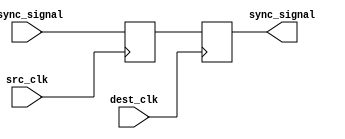
module dual_ff_synchronizer #(
    parameter WIDTH = 1  // Width of the input signal
)(
    input wire [WIDTH-1:0] async_signal,  // Input signal from the source clock domain
    input wire src_clk,                    // Source clock signal
    input wire dest_clk,                   // Destination clock signal
    output reg [WIDTH-1:0] sync_signal     // Synchronized output signal
);

// Internal signals for first and second flip-flops
reg [WIDTH-1:0] ff1_out;

// First flip-flop: samples the asynchronous signal on the source clock
always @(posedge src_clk) begin
    ff1_out <= async_signal;  // Capture the input signal
end

// Second flip-flop: samples the output of the first flip-flop on the destination clock
always @(posedge dest_clk) begin
    sync_signal <= ff1_out;    // Transfer the signal to the destination clock domain
end

endmodule